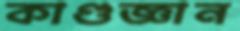
কাণ্ডজ্ঞান